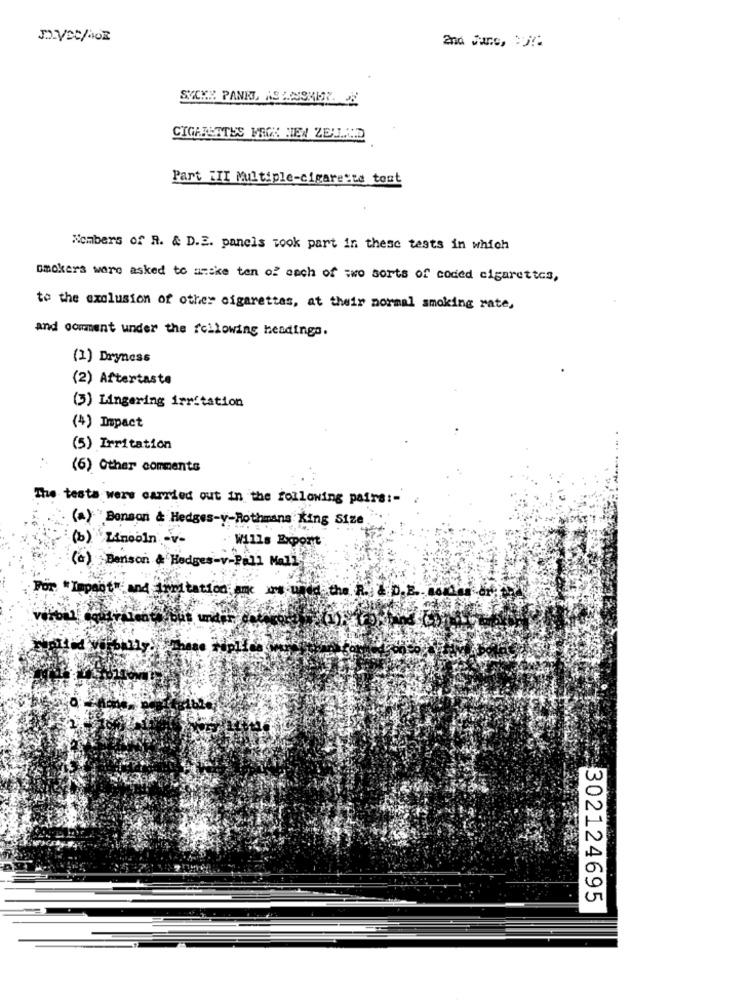
SYCKE PANET, ASPINSKER.
CIGARETTES FROM NEW ZENLCD
Part III Multiple-cigarette test
Nombers of R. & D.E. panels took part in these tests in which
smokers were asked to anske ten of each of two sorts of coded cigarettes,
to the exclusion of other cigarettas, at their normal smoking rate,
and comment under the following headingo.
(1) Dryness
(2) Aftertaste
(3) Lingering irritation
(4) Impact
(5) Irritation
(6) Other comments
The tests were carried out in the following pairs :-
(a) "Benson & Hedges-y-Rothmans King Size
(b) Kinooln' v-
Wills Export
(a) Benson & Hedges-
-Pall Mall
For "Impost" and cirmitation am
302124695